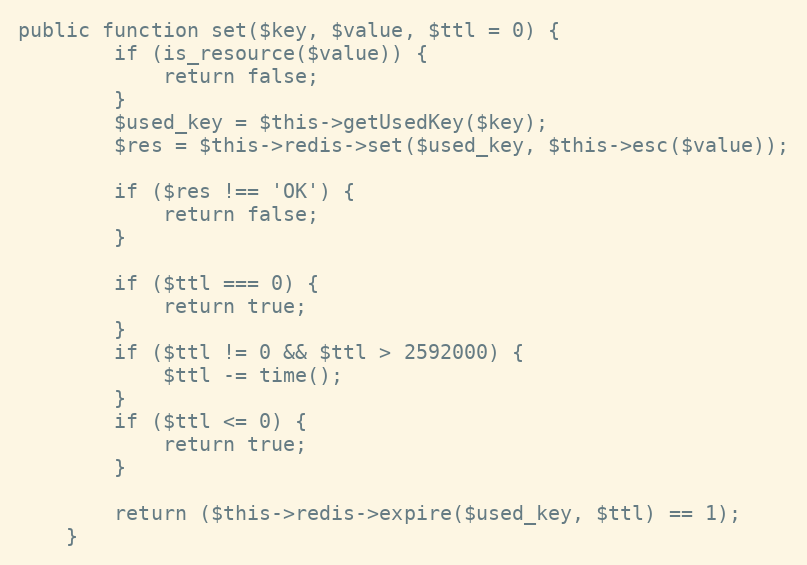
Language: PHP
public function set($key, $value, $ttl = 0) {
        if (is_resource($value)) {
            return false;
        }
        $used_key = $this->getUsedKey($key);
        $res = $this->redis->set($used_key, $this->esc($value));

        if ($res !== 'OK') {
            return false;
        }

        if ($ttl === 0) {
            return true;
        }
        if ($ttl != 0 && $ttl > 2592000) {
            $ttl -= time();
        }
        if ($ttl <= 0) {
            return true;
        }

        return ($this->redis->expire($used_key, $ttl) == 1);
    }